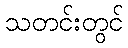
သတင်းတွင်